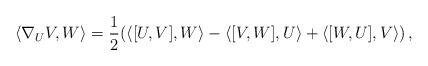
LaTeX: \begin{align*}\langle \nabla_U V, W\rangle =\frac{1}{2}(\langle [U,V],W\rangle -\langle [V,W],U\rangle +\langle [W,U],V\rangle )\, , \end{align*}